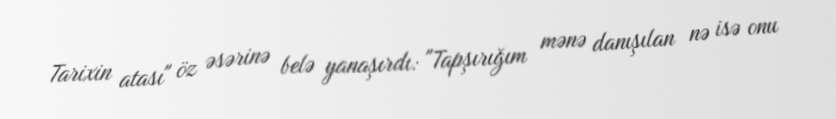
Tarixin atası" öz əsərinə belə yanaşırdı: "Tapşırığım mənə danışılan nə isə onu